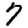
Digit: 7